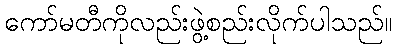
ကော်မတီကိုလည်းဖွဲ့စည်းလိုက်ပါသည်။